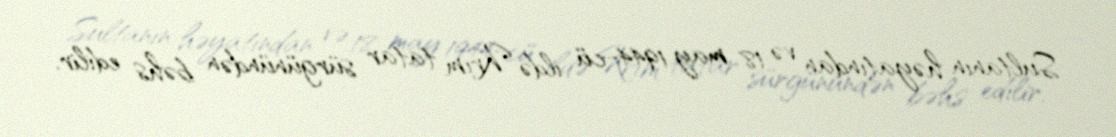
Sultanın həyatından və 18 may 1944-cü ildə Krım tatar sürgünündən bəhs edilir.